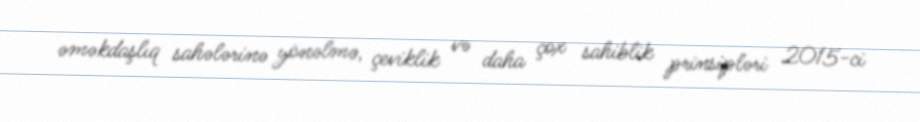
əməkdaşlıq sahələrinə yönəlmə, çeviklik və daha çox sahiblik prinsipləri 2015-ci